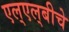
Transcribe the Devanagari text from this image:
एल्‌एल्‌बीचे